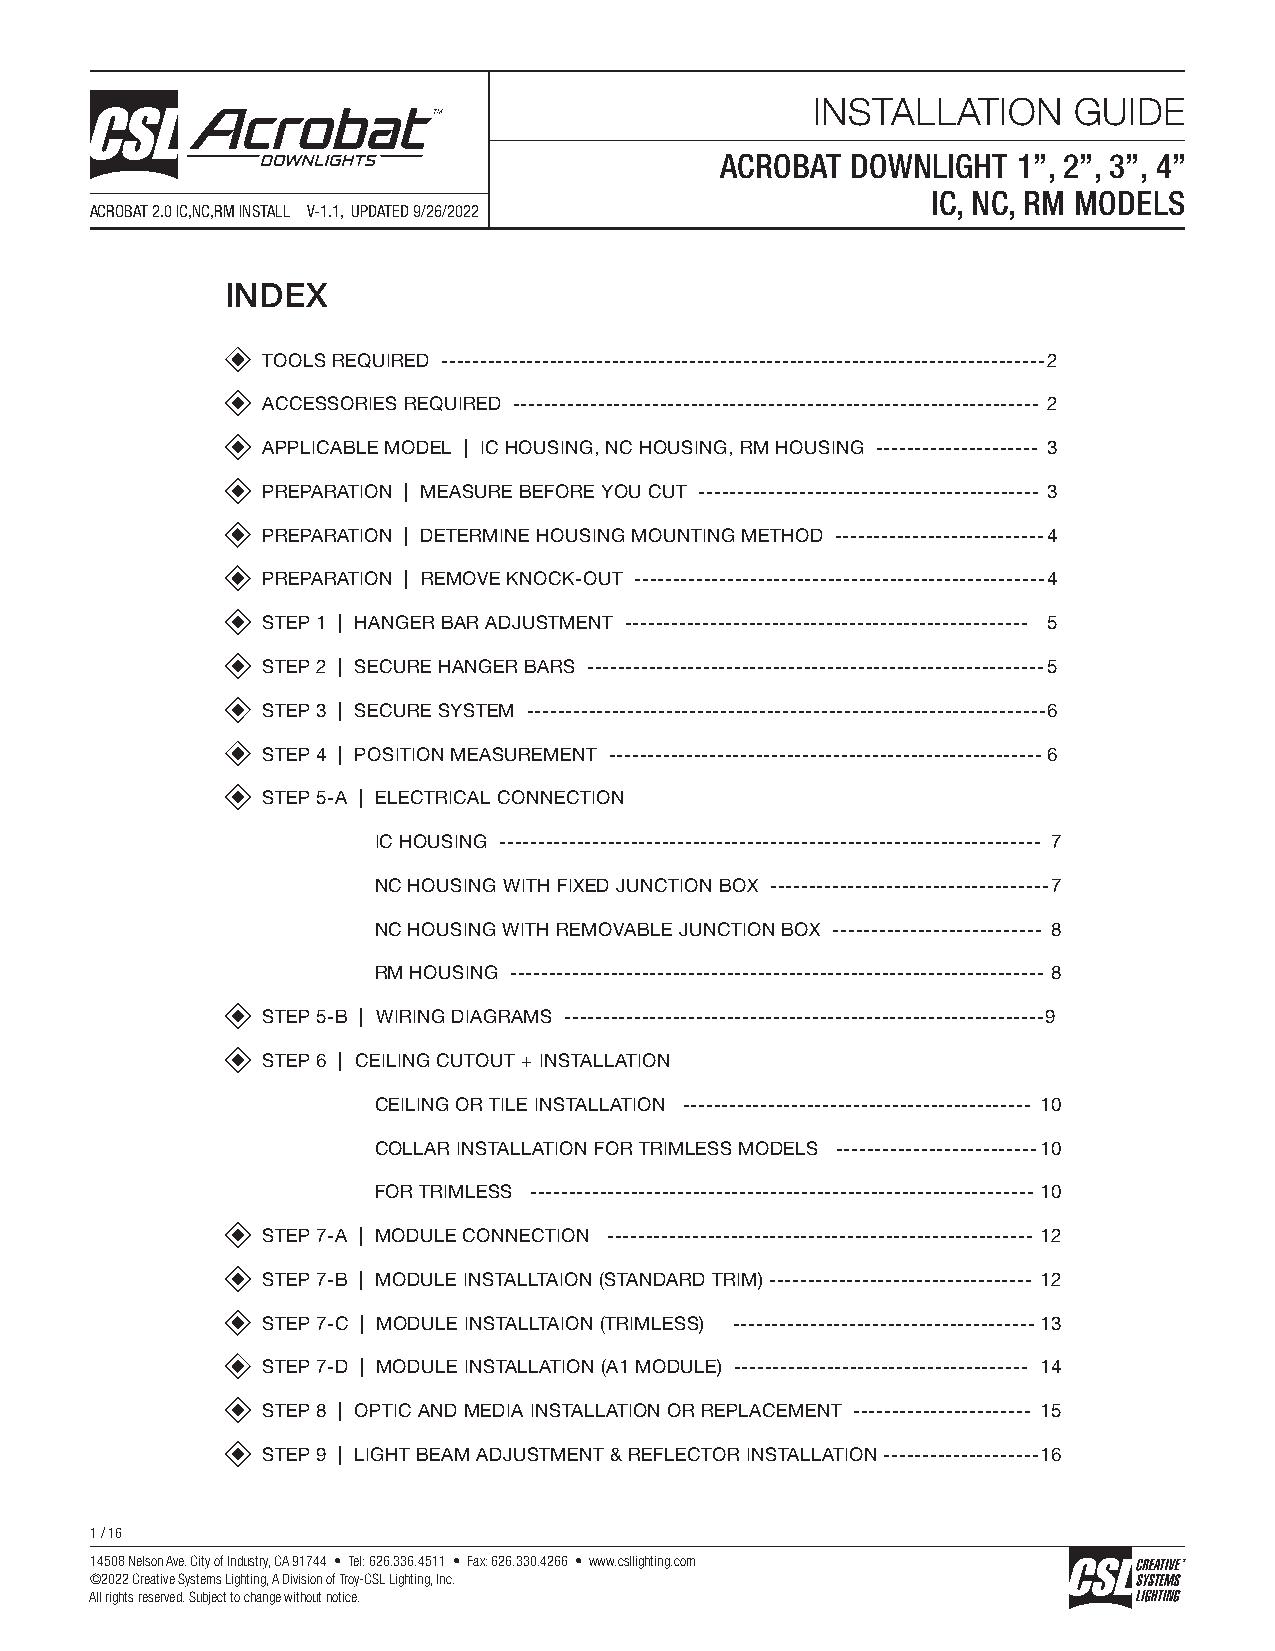
INSTALLATION     GUIDE
 ACROBAT DOWNLIGHT  1”, 2”, 3”, 4”
 IC, NC, RM MODELS
 ACROBAT 2.0 IC,NC,RM INSTALL V-1.1, UPDATED 9/26/2022
 INDEX
 TOOLS REQUIRED ------------------------------------------------------------------------------ 2
 ACCESSORIES REQUIRED -------------------------------------------------------------------- 2
 APPLICABLE MODEL | IC HOUSING, NC HOUSING, RM HOUSING --------------------- 3
 PREPARATION | MEASURE BEFORE YOU CUT -------------------------------------------- 3
 PREPARATION | DETERMINE HOUSING MOUNTING METHOD --------------------------- 4
 PREPARATION | REMOVE KNOCK-OUT ----------------------------------------------------- 4
 STEP 1 | HANGER BAR ADJUSTMENT ---------------------------------------------------- 5
 STEP 2 | SECURE HANGER BARS ----------------------------------------------------------- 5
 STEP 3 | SECURE SYSTEM ------------------------------------------------------------------- 6
 STEP 4 | POSITION MEASUREMENT -------------------------------------------------------- 6
 STEP 5-A | ELECTRICAL CONNECTION
 IC HOUSING ---------------------------------------------------------------------- 7
 NC HOUSING WITH FIXED JUNCTION BOX ------------------------------------ 7
 NC HOUSING WITH REMOVABLE JUNCTION BOX --------------------------- 8
 RM HOUSING --------------------------------------------------------------------- 8
 STEP 5-B | WIRING DIAGRAMS --------------------------------------------------------------9
 STEP 6 | CEILING CUTOUT + INSTALLATION
 CEILING OR TILE INSTALLATION --------------------------------------------- 10
 COLLAR INSTALLATION FOR TRIMLESS MODELS -------------------------- 10
 FOR TRIMLESS ----------------------------------------------------------------- 10
 STEP 7-A | MODULE CONNECTION ------------------------------------------------------- 12
 STEP 7-B | MODULE INSTALLTAION (STANDARD TRIM) ---------------------------------- 12
 STEP 7-C | MODULE INSTALLTAION (TRIMLESS) --------------------------------------- 13
 STEP 7-D | MODULE INSTALLATION (A1 MODULE) -------------------------------------- 14
 STEP 8 | OPTIC AND MEDIA INSTALLATION OR REPLACEMENT ----------------------- 15
 STEP 9 | LIGHT BEAM ADJUSTMENT & REFLECTOR INSTALLATION -------------------- 16
 1 / 16
 14508 Nelson Ave. City of Industry, CA 91744 • Tel: 626.336.4511 • Fax: 626.330.4266 • www.csllighting.com
 ©2022 Creative Systems Lighting, A Division of Troy-CSL Lighting, Inc.
 All rights reserved. Subject to change without notice.